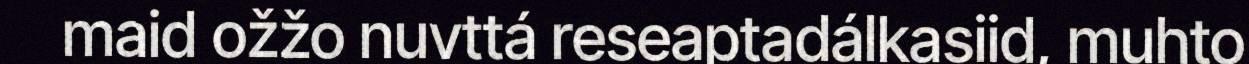
maid ožžo nuvttá reseaptadálkasiid, muhto